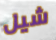
شيل